65_HS1-834228961_62-HQ-83894_Section_9
Agency: FBI
Page 225
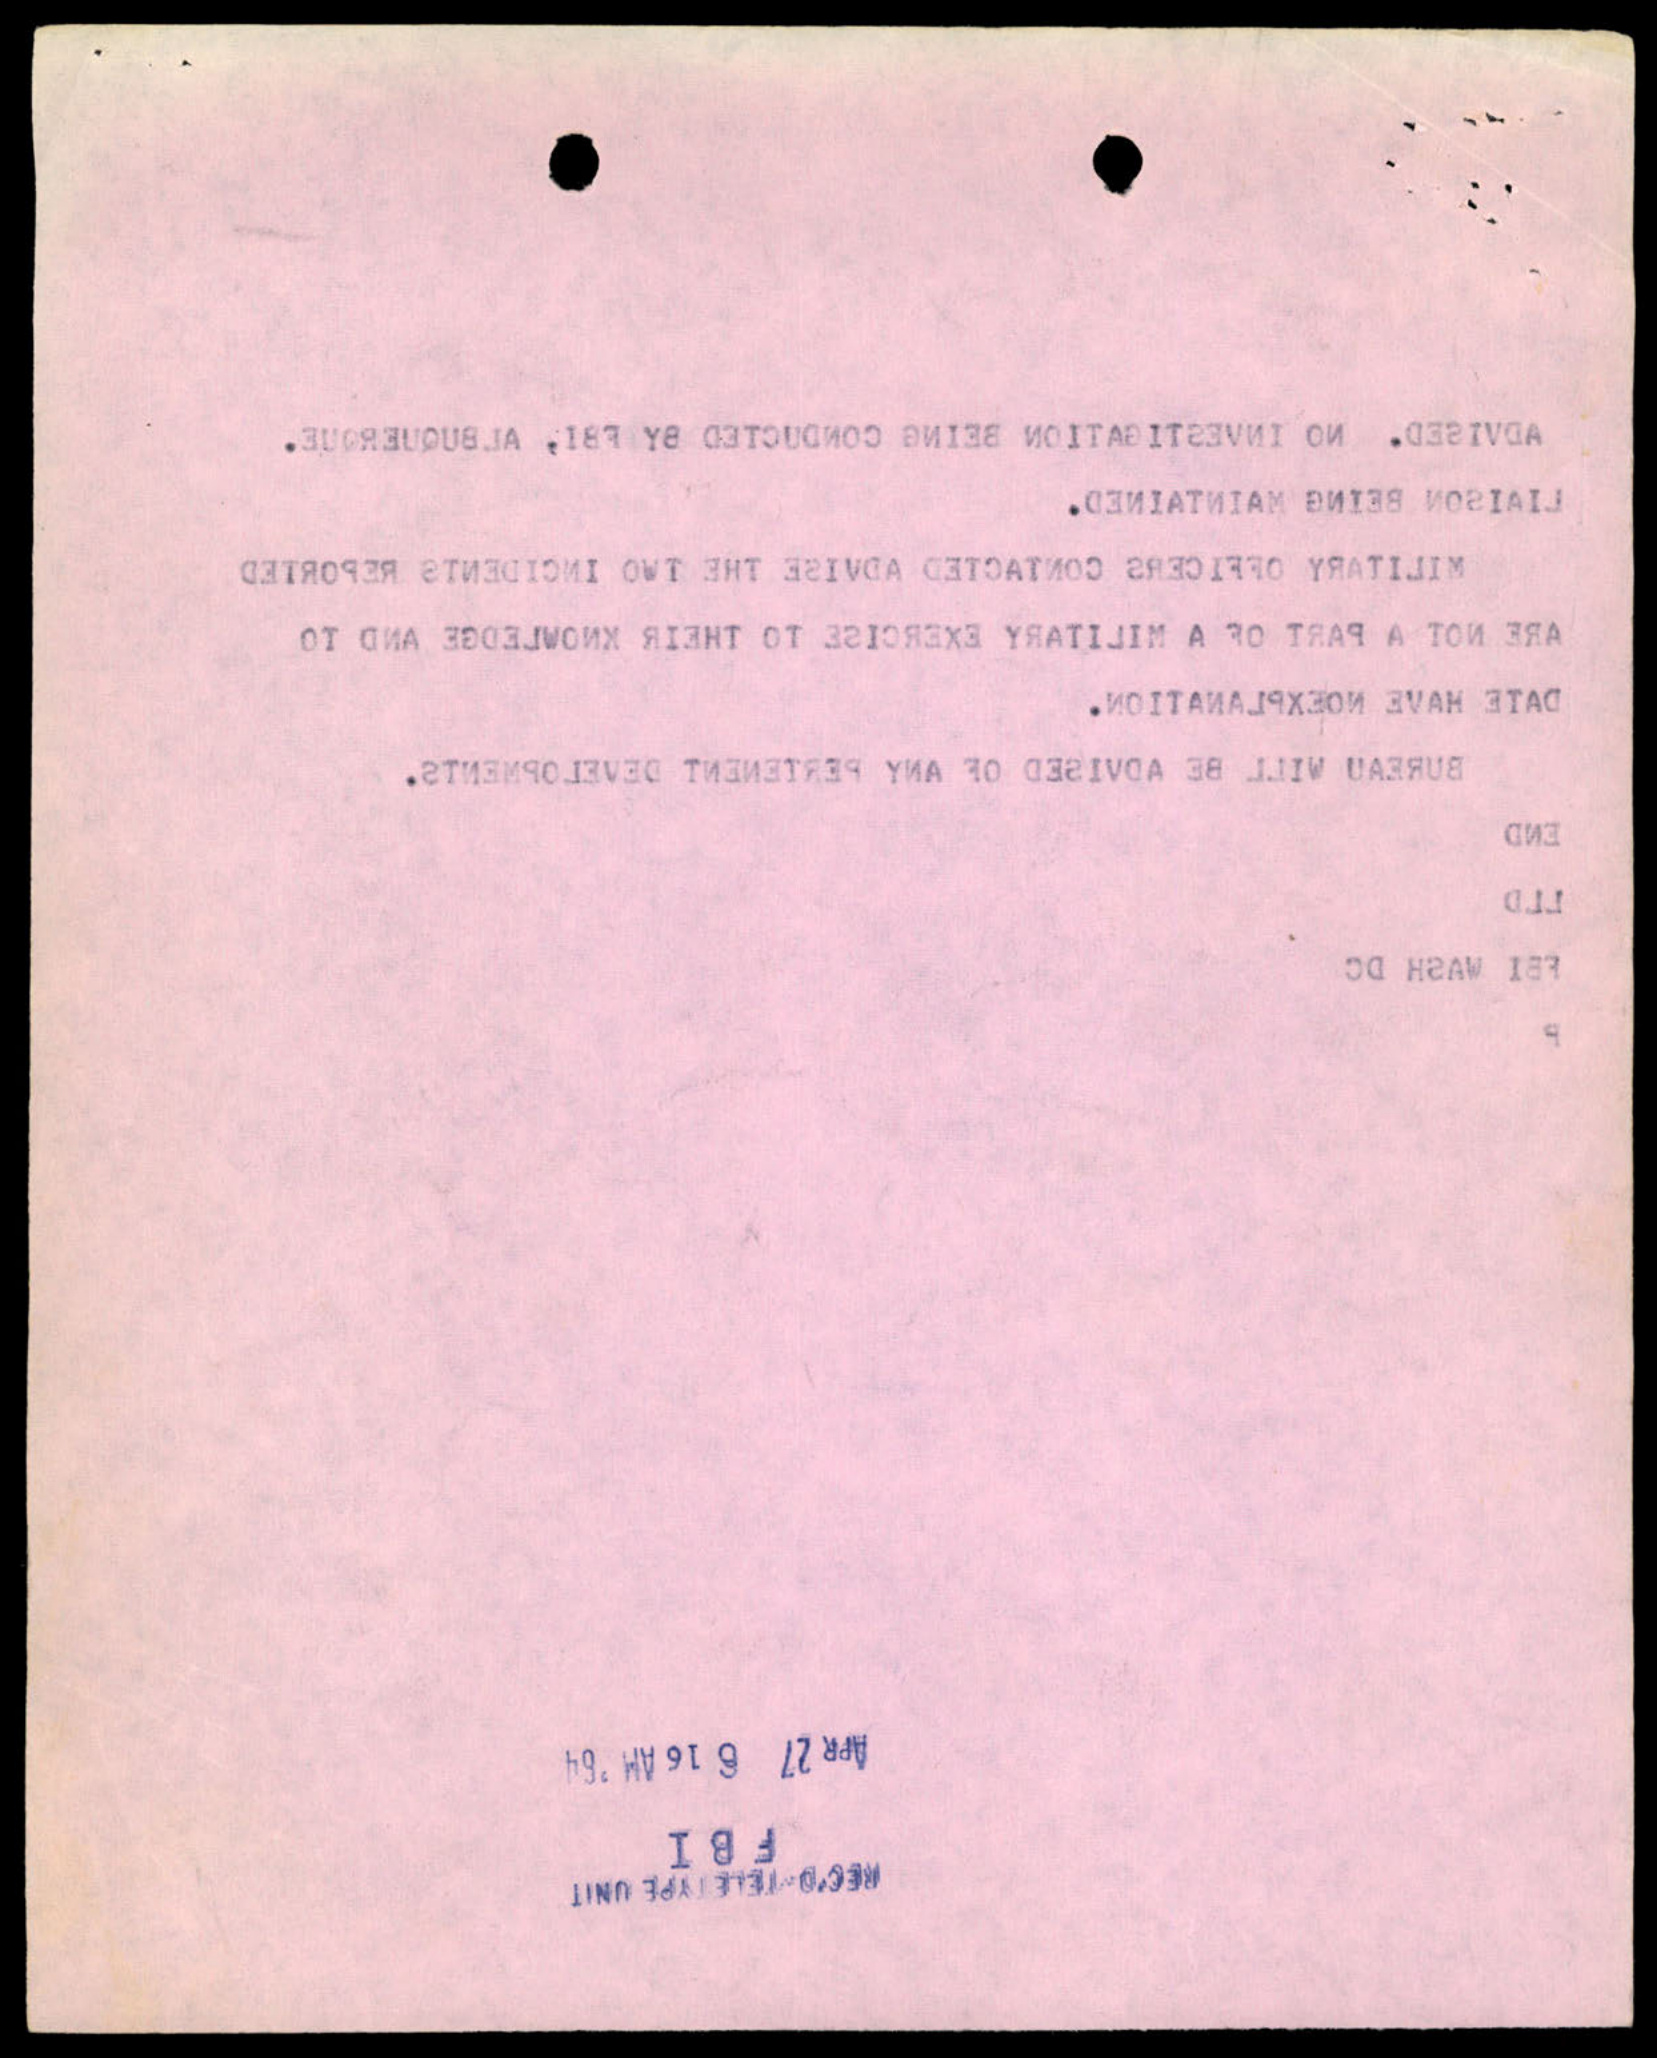